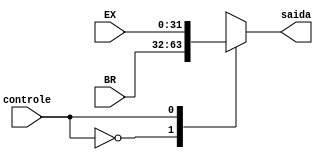
module MuxExtensor(BR, EX, saida, controle);
  input controle;
  input [31:0] BR, EX; 
  output reg [31:0] saida; 
  
 	always @(controle or BR or EX)

		case (controle)
			1'b0: saida = BR;
			1'b1: saida = EX;	
		endcase
		
	endmodule